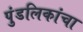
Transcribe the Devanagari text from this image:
पुंडलिकांचा